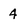
Character: 4